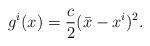
LaTeX: \begin{align*}g^i ( x) = \frac{c}{2}(\bar x -x^i)^2.\end{align*}